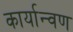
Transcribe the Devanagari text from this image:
कार्यान्वण